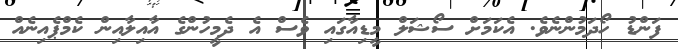
ފަންޑު ހޯދަމުންނެވެ. އެކަމަށް ސޯޝަލް މީޑިއާގައި ވެސް އެ ދެމީހުންގެ އާއިލާއިން ކެމްޕެއިނެއް